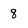
Character: 8